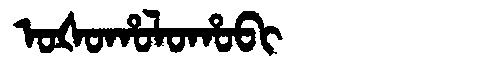
Manchu: ᠣᡧᠣᡥᠣᠯᠣᡥᠣᠪᡳ
Romanization: OŠOHOLOHOBI